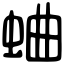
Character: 蛐